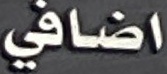
اضافي